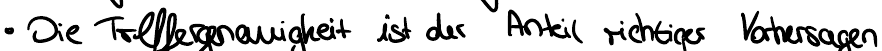
Die Treffergenauigkeit ist der Anteil richtiger Vorhersagen